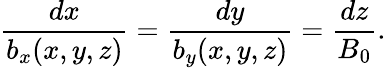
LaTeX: \frac{dx}{b_{x}(x,y,z)}=\frac{dy}{b_{y}(x,y,z)}=\frac{dz}{B_{0}}.